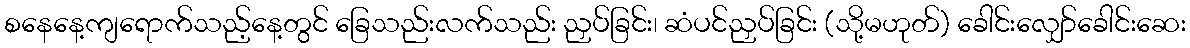
စနေနေ့ကျရောက်သည့်နေ့တွင် ခြေသည်းလက်သည်း ညှပ်ခြင်း၊ ဆံပင်ညှပ်ခြင်း (သို့မဟုတ်) ခေါင်းလျှော်ခေါင်းဆေး